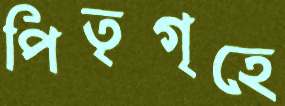
পিতৃগৃহে